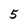
Character: 5